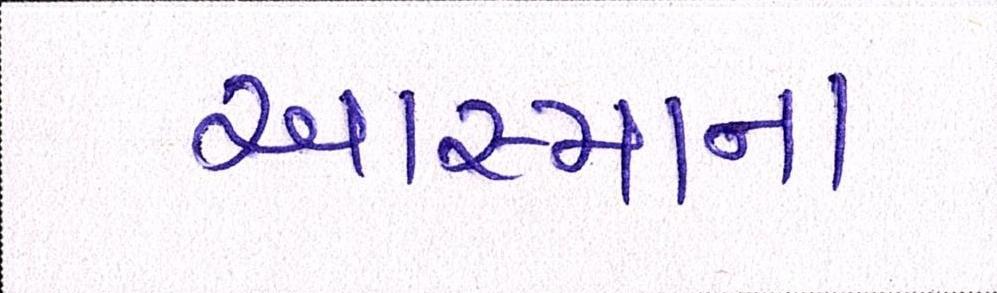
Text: આસ્માના